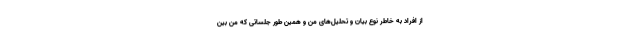
از افراد به خاطر نوع بیان و تحلیل‌های من و همین طور جلساتی که من بین